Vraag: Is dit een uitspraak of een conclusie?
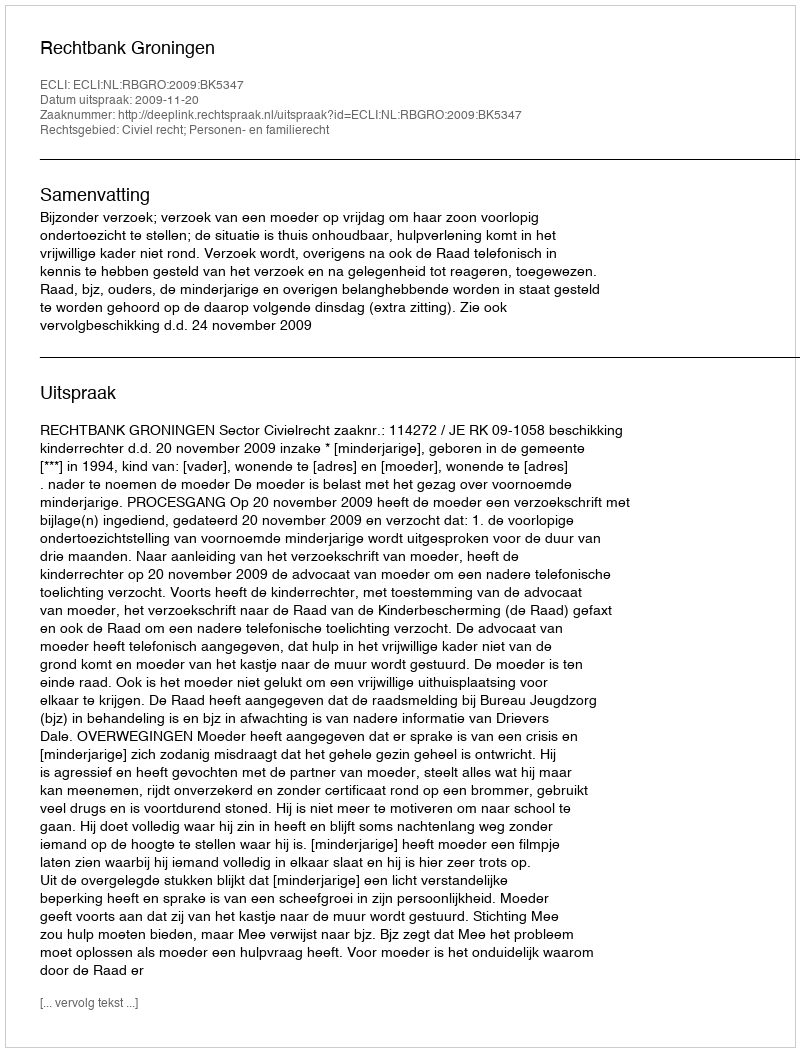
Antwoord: Uitspraak